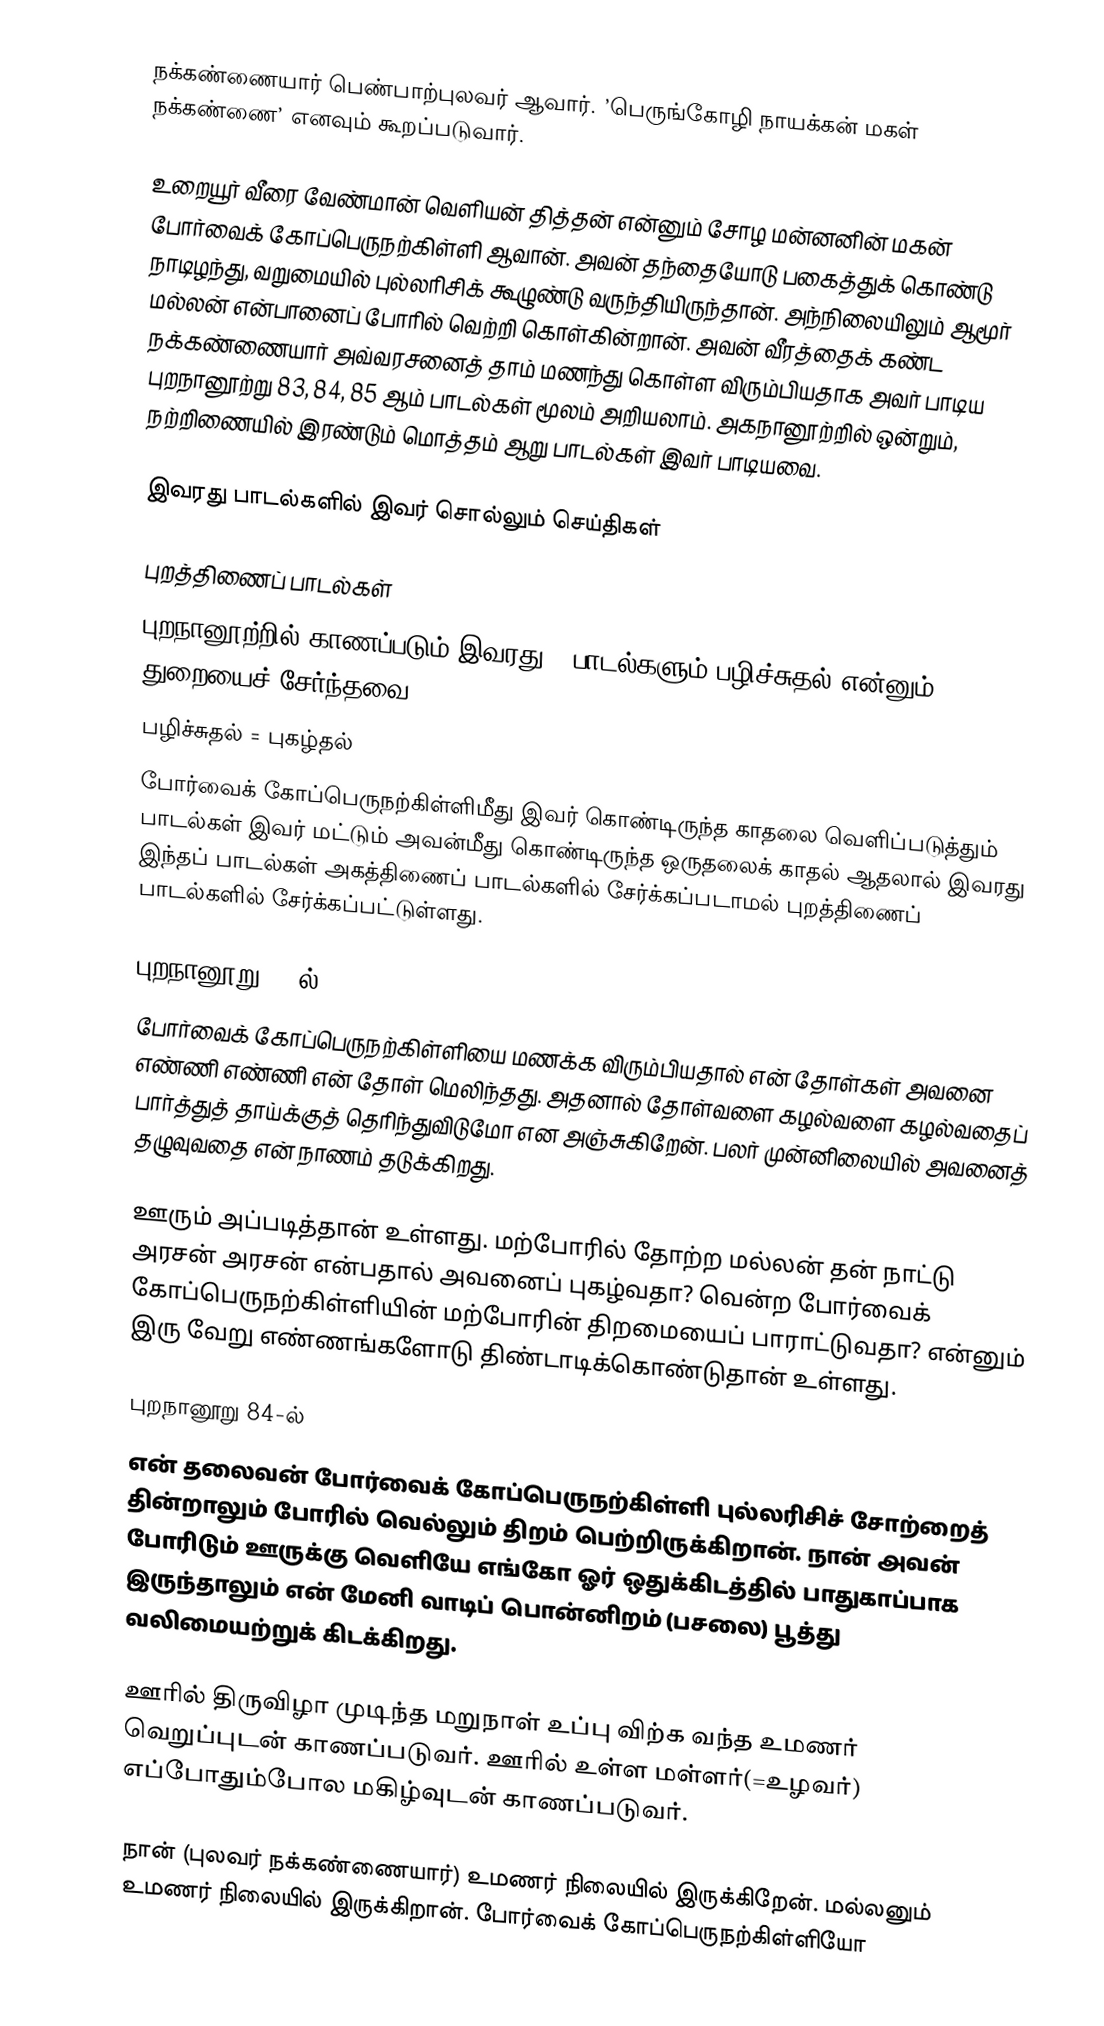
நக்கண்ணையார் பெண்பாற்புலவர் ஆவார். ’பெருங்கோழி நாயக்கன் மகள் நக்கண்ணை’ எனவும் கூறப்படுவார்.

உறையூர் வீரை வேண்மான் வெளியன் தித்தன் என்னும் சோழ மன்னனின் மகன் போர்வைக் கோப்பெருநற்கிள்ளி ஆவான். அவன் தந்தையோடு பகைத்துக் கொண்டு நாடிழந்து, வறுமையில் புல்லரிசிக் கூழுண்டு வருந்தியிருந்தான். அந்நிலையிலும் ஆமூர் மல்லன் என்பானைப் போரில் வெற்றி கொள்கின்றான். அவன் வீரத்தைக் கண்ட நக்கண்ணையார் அவ்வரசனைத் தாம் மணந்து கொள்ள விரும்பியதாக அவர் பாடிய புறநானூற்று 83, 84, 85 ஆம் பாடல்கள் மூலம் அறியலாம். அகநானூற்றில் ஒன்றும், நற்றிணையில் இரண்டும்  மொத்தம் ஆறு பாடல்கள் இவர் பாடியவை.

இவரது பாடல்களில் இவர் சொல்லும் செய்திகள்

புறத்திணைப் பாடல்கள்
புறநானூற்றில் காணப்படும் இவரது 3 பாடல்களும் பழிச்சுதல் என்னும் துறையைச் சேர்ந்தவை.
 பழிச்சுதல் = புகழ்தல்
போர்வைக் கோப்பெருநற்கிள்ளிமீது இவர் கொண்டிருந்த காதலை வெளிப்படுத்தும் பாடல்கள் இவர் மட்டும் அவன்மீது கொண்டிருந்த ஒருதலைக் காதல் ஆதலால் இவரது இந்தப் பாடல்கள் அகத்திணைப் பாடல்களில் சேர்க்கப்படாமல் புறத்திணைப் பாடல்களில் சேர்க்கப்பட்டுள்ளது.

புறநானூறு 83-ல்
போர்வைக் கோப்பெருநற்கிள்ளியை மணக்க விரும்பியதால் என் தோள்கள் அவனை எண்ணி எண்ணி என் தோள் மெலிந்தது. அதனால் தோள்வளை கழல்வளை கழல்வதைப் பார்த்துத் தாய்க்குத் தெரிந்துவிடுமோ என அஞ்சுகிறேன். பலர் முன்னிலையில் அவனைத் தழுவுவதை என் நாணம் தடுக்கிறது.

ஊரும் அப்படித்தான் உள்ளது. மற்போரில் தோற்ற மல்லன் தன் நாட்டு அரசன் அரசன் என்பதால் அவனைப் புகழ்வதா? வென்ற போர்வைக் கோப்பெருநற்கிள்ளியின் மற்போரின் திறமையைப் பாராட்டுவதா? என்னும் இரு வேறு எண்ணங்களோடு திண்டாடிக்கொண்டுதான் உள்ளது.

புறநானூறு 84-ல்
என் தலைவன் போர்வைக் கோப்பெருநற்கிள்ளி புல்லரிசிச் சோற்றைத் தின்றாலும் போரில் வெல்லும் திறம் பெற்றிருக்கிறான். நான் அவன் போரிடும் ஊருக்கு வெளியே எங்கோ ஓர் ஒதுக்கிடத்தில் பாதுகாப்பாக இருந்தாலும் என் மேனி வாடிப் பொன்னிறம் (பசலை) பூத்து வலிமையற்றுக் கிடக்கிறது.

ஊரில் திருவிழா முடிந்த மறுநாள் உப்பு விற்க வந்த உமணர் வெறுப்புடன் காணப்படுவர். ஊரில் உள்ள மள்ளர்(=உழவர்) எப்போதும்போல மகிழ்வுடன் காணப்படுவர்.

நான் (புலவர் நக்கண்ணையார்) உமணர் நிலையில் இருக்கிறேன். மல்லனும் உமணர் நிலையில் இருக்கிறான். போர்வைக் கோப்பெருநற்கிள்ளியோ